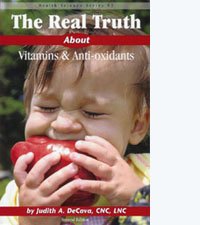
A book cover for The Real Truth About Vitamins & Anti-oxidants; Judith A. DeCava; Health, Fitness & Dieting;